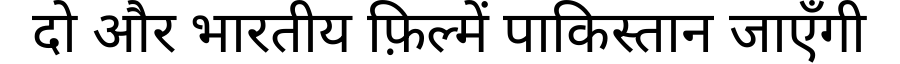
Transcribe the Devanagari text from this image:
दो और भारतीय फ़िल्में पाकिस्तान जाएँगी